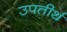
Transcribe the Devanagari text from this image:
उपतीर्थ